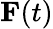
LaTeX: {\mathbf F}(t)